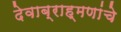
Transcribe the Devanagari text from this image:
देवाब्राह्मणांचे